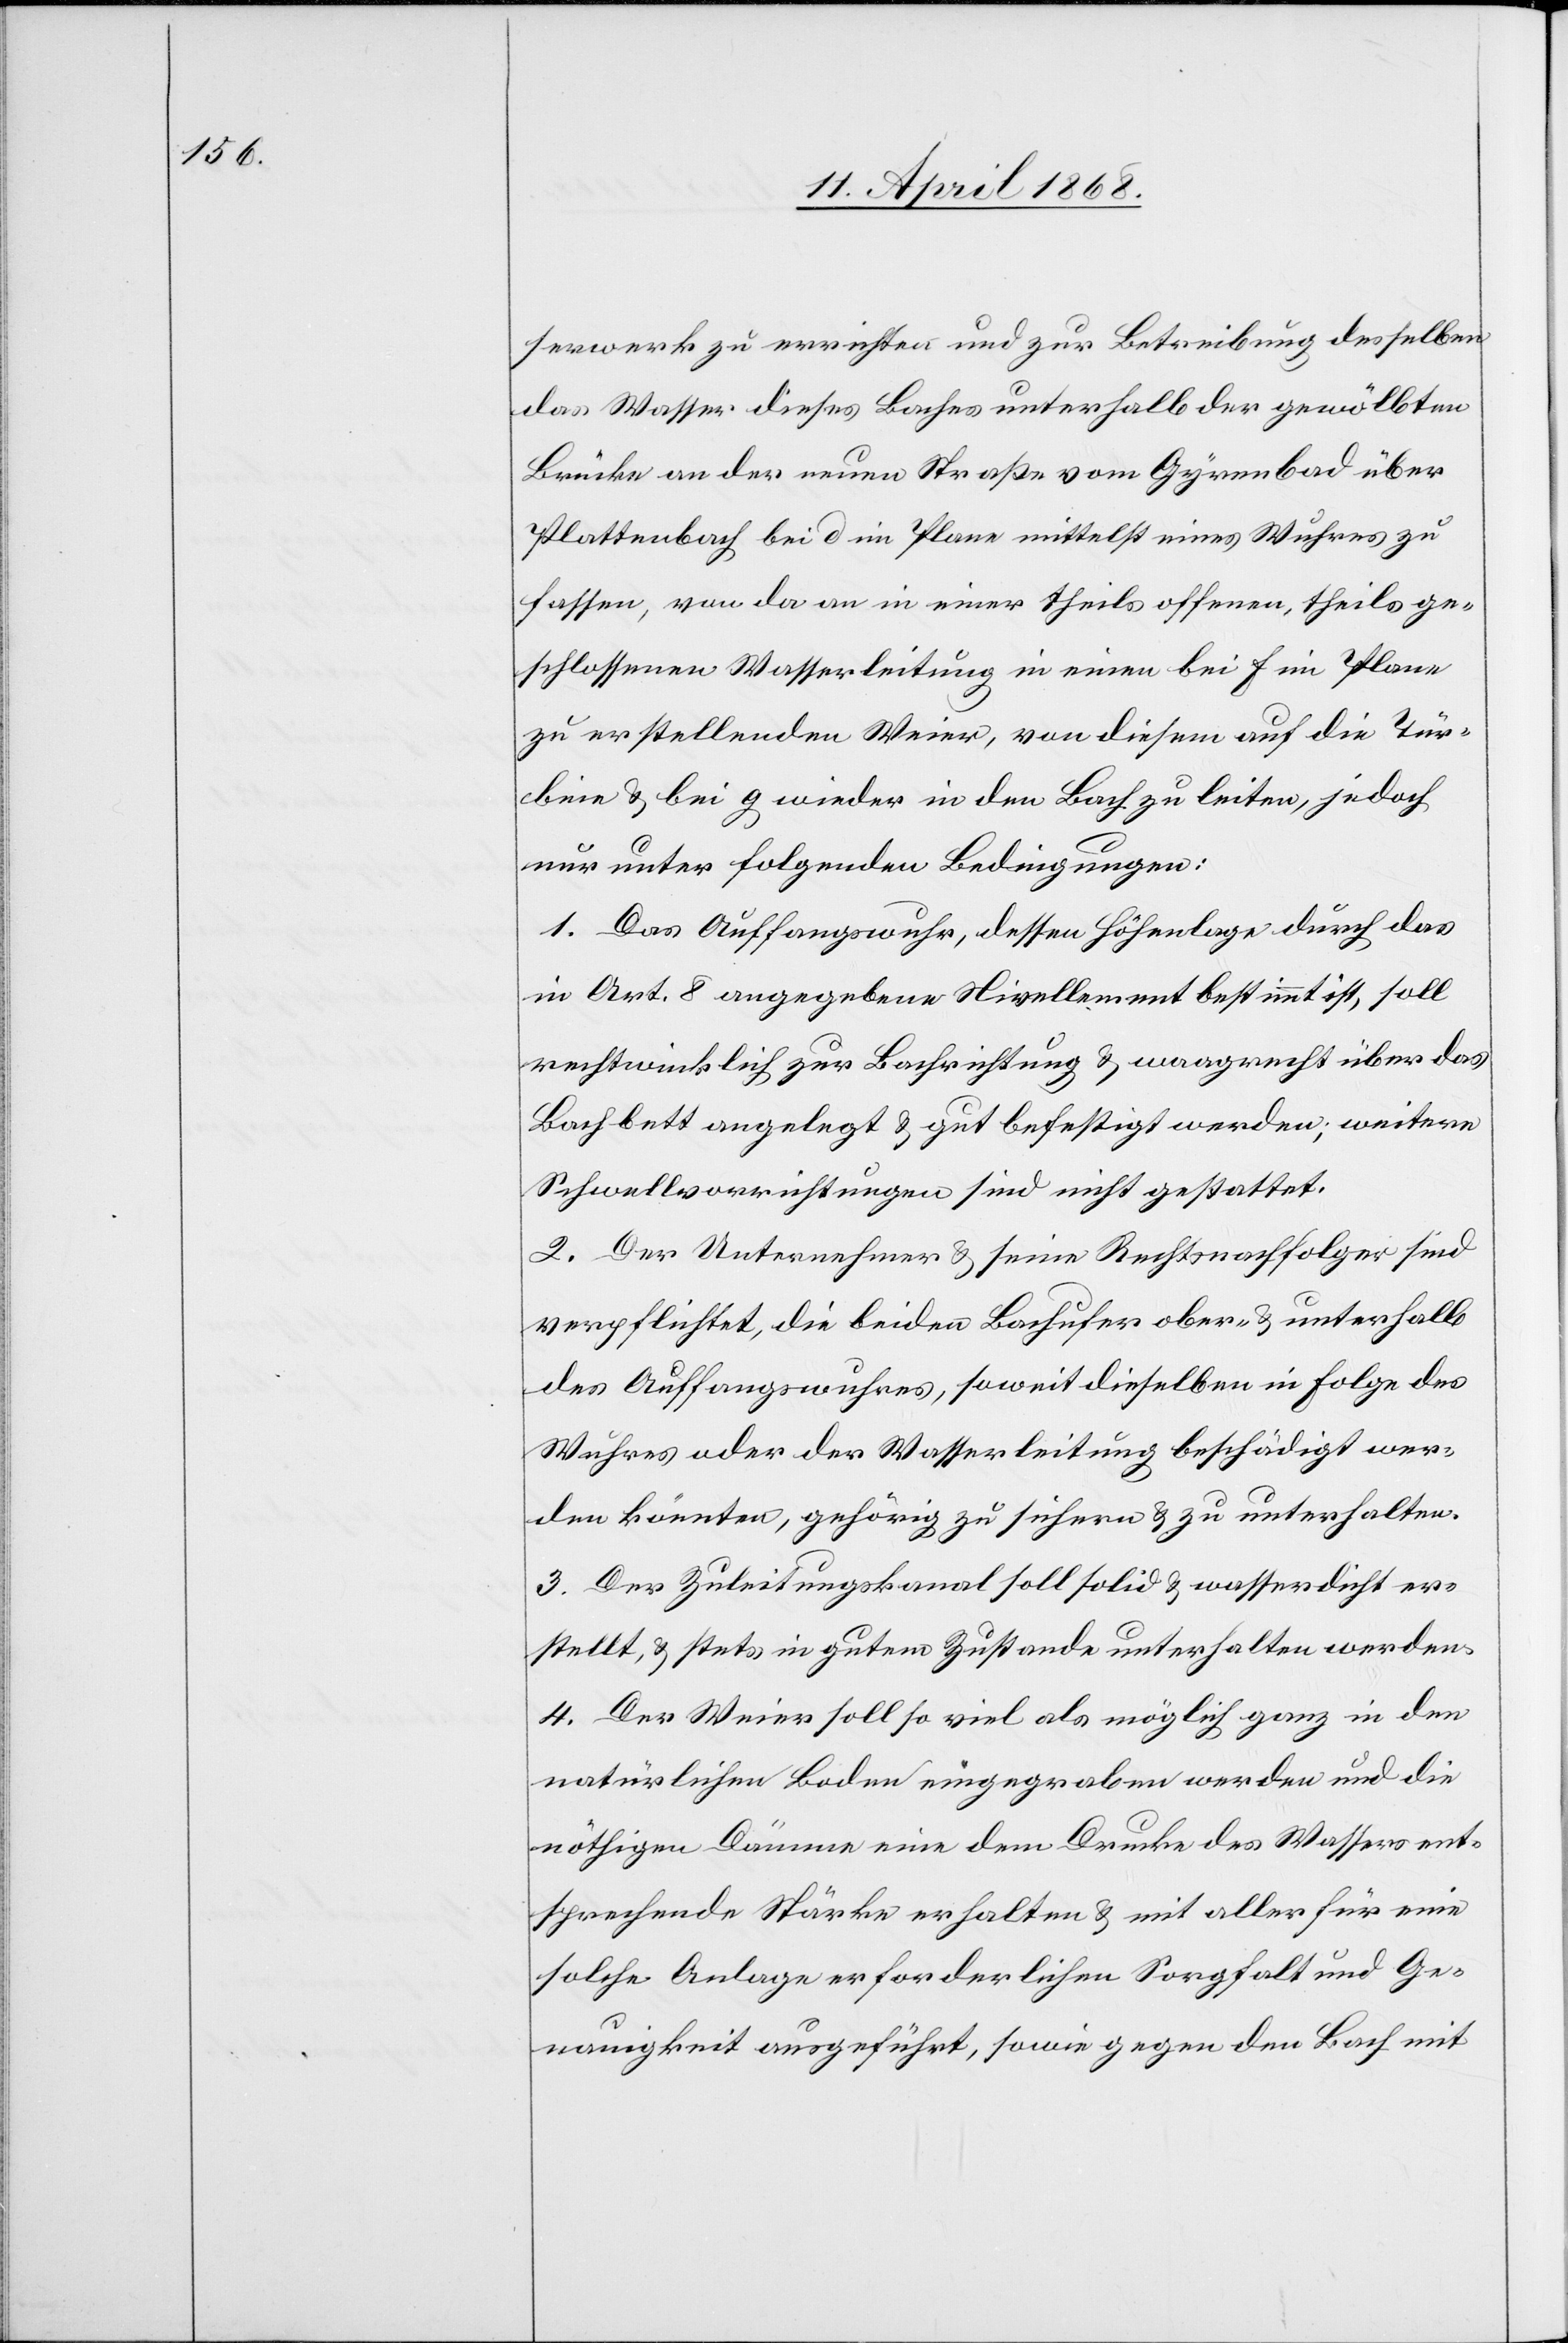
serwerk zu errichten und zur Betreibung desselben
das Wasser dieses Baches unterhalb der gewölbten
Brücke an der neuen Straße vom Gyrenbad über
Plattenbach bei d im Plane mittelst eines Wuhres zu
fassen, von da an in einer theils offenen, theils ge¬
schlossenen Wasserleitung in einen bei f im Plane
zu erstellenden Weier, von diesem auf die Tür¬
bine & bei g wieder in den Bach zu leiten, jedoch
nur unter folgenden Bedingungen:
1. Das Auffangswuhr, dessen Höhenlage durch das
in Art. 8 angegebene Nivellement bestimmt ist, soll
rechtwinklich zur Bachrichtung & waagrecht über das
Bachbett angelegt & gut befestigt werden; weitere
Schwellvorrichtungen sind nicht gestattet.
2. Der Unternehmer & seine Rechtsnachfolger sind
verpflichtet, die beiden Bachufer ober- & unterhalb
des Auffangswuhres, soweit dieselben in Folge des
Wuhres oder der Wasserleitung beschädigt wer¬
den könnten, gehörig zu sichern & zu unterhalten.
3. Der Zuleitungskanal soll solid & wasserdicht er¬
stellt, & stets in gutem Zustande unterhalten werden.
4. Der Weier soll so viel als möglich ganz in den
natürlichen Boden eingegraben werden und die
nöthigen Dämme eine dem Drucke des Wassers ent¬
sprechende Stärke erhalten & mit aller für eine
solche Anlage erforderlichen Sorgfalt und Ge¬
nauigkeit ausgeführt, sowie gegen den Bach mit